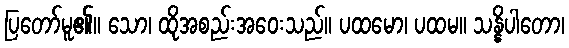
ပြတော်မူ၏။ သော၊ ထိုအစည်းအဝေးသည်။ ပထမော၊ ပထမ။ သန္နိပါတော၊